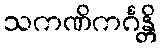
သကဏိကင်္ဂန္တိ